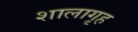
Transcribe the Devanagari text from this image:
शालागृह